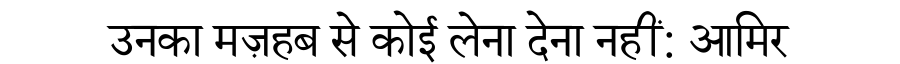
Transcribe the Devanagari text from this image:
उनका मज़हब से कोई लेना देना नहीं: आमिर